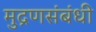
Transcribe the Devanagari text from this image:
मुद्रणसंबंधी